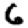
Digit: 6